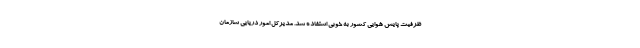
ظرفیت پایش هوایی کشور به خوبی استفاده شد. مدیرکل امور دریایی سازمان